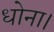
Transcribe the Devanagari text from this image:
धोना।